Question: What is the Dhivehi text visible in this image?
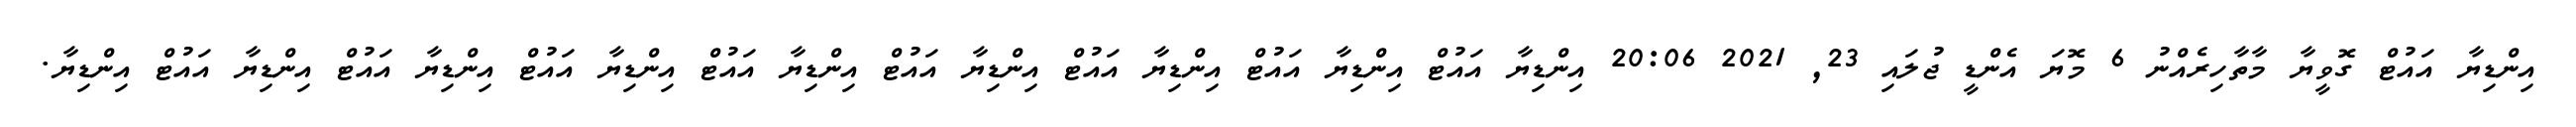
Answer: އިންޑިޔާ އައުޓް ގޮވީޔާ މާތާހިރެއްނު 6 މޮޔަ އެންޑީ ޖުލައި 23, 2021 20:06 އިންޑިޔާ އައުޓް އިންޑިޔާ އައުޓް އިންޑިޔާ އައުޓް އިންޑިޔާ އައުޓް އިންޑިޔާ އައުޓް އިންޑިޔާ އައުޓް އިންޑިޔާ އައުޓް އިންޑިޔާ އައުޓް އިންޑިޔާ.